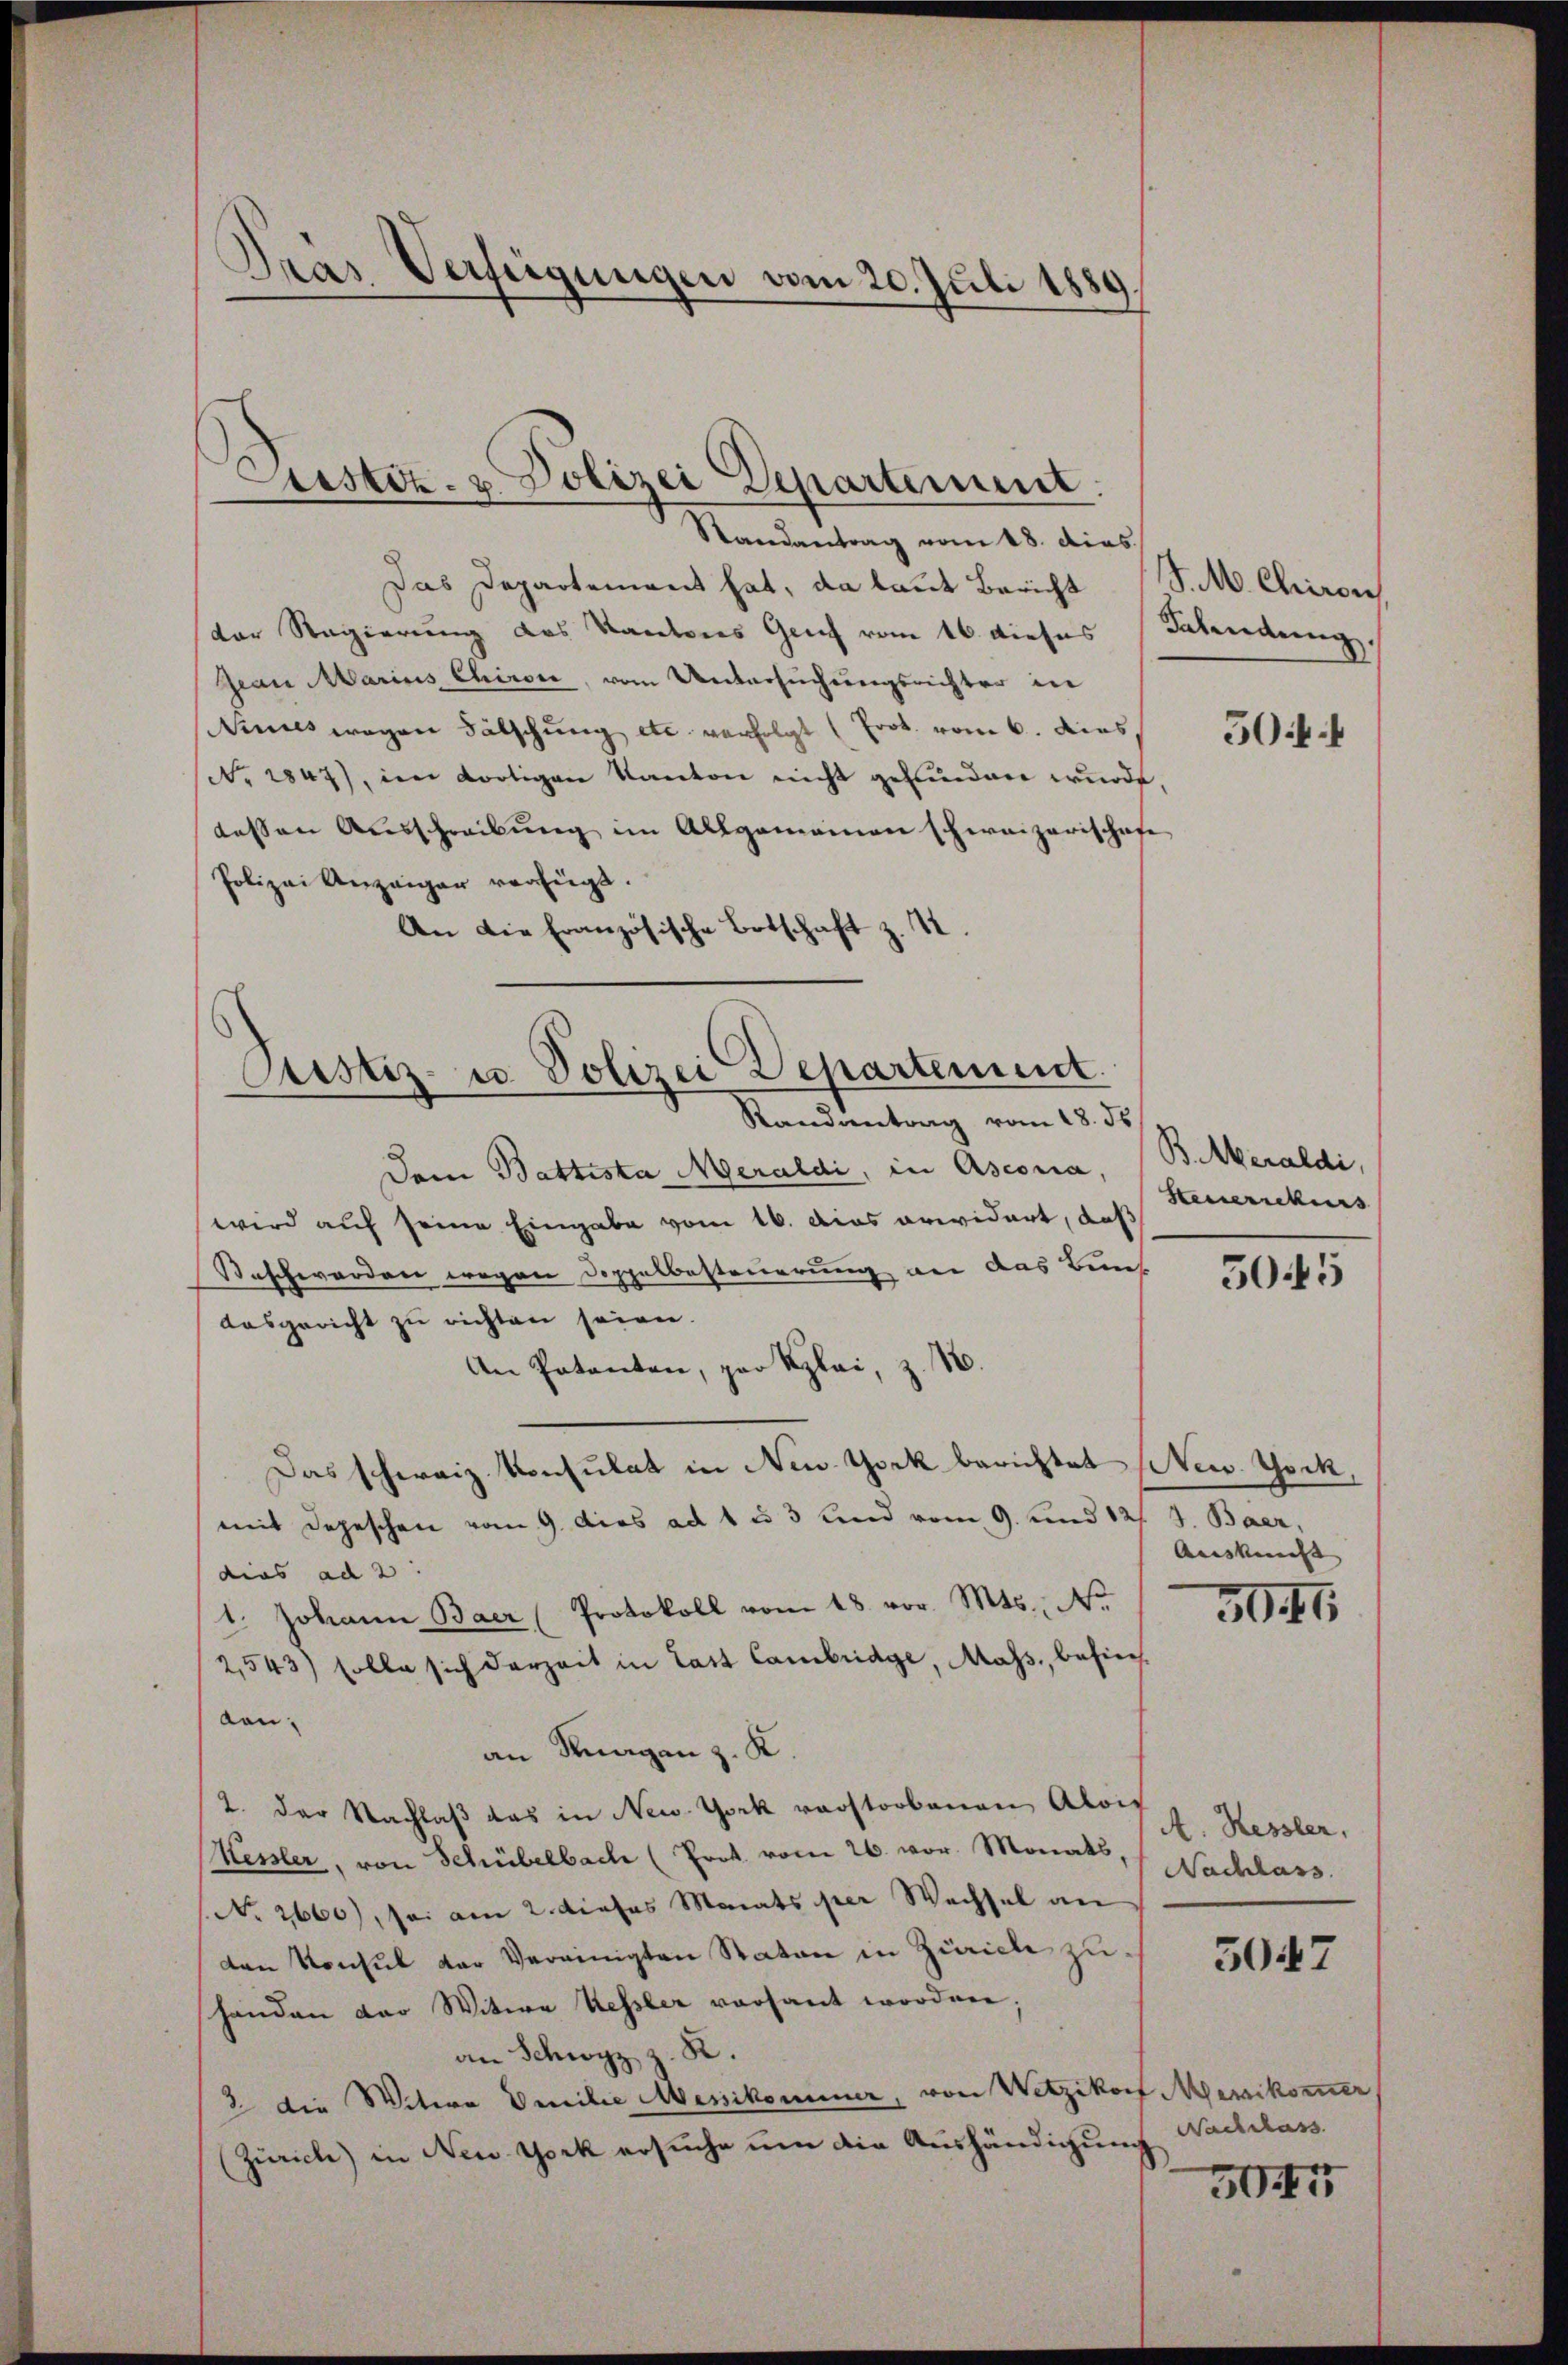
Drás Verfügungen vom 20. Juli 1850
.

Justiz- & Polizei Departement.
Randantrag vom 18. dies

Das Departement hat, da laut Bericht
der Regierung des Kantons Genf vom 16. dieses Bahndung
Jean Marius Chiron, vom Untersuchungsrichter in
ines wegen Fälschŭng etc. verfolgt (Frk. vom 6. dies 30
(No. 1847), im dortigen Kanton nicht gefunden wurde,
dessen Ausschreibung im Allgemeinen schweizerischafe
Polizei Anzeiger verfügt.
An die französische Botschaft z. 1

Ptistiz- u. Polizei Departement.
Randantrag vom 18. ds

S. M. Chieron

Dem Battista Neraldi, in Asconia, (B. Meraldi,
wird auf seine Eingabe vom 16. Das erwidert, daß
Beschwerden wegen Doppelbesteuerung an das Bunf
ausgericht zu richten seien.
An Patenten, par Klei, z. B.
Das schweiz. Konsulat in New York berichtet (Mew York
mit Depeschen vom 9. dies ad 1. u 3 und vom 9. und 12 J. Baer,
dies ad 2
1. Johann Baer (Protokoll vom 18. vor. Mts., Nr.
2,543) solle sich derzeit in Last Cambridge, Mass, besiech
von.
an Kragen z. K.
2. der Nachlaβ das in New-York verstorbenen Alois
Kessler, von Schübelbach (Prot. vom 26. vor. Monats, Sachlass
No 2660), so am 2. dieses Monats per Wechsel an
den Konsul der Vereinigten Staton in Zürich zuhänden der Witwe Kessler versant worden;
an Schwyz z. K.
2 die Witwe Emilie Messikommer, von Wetzikon Messikommer
(Zürich) in New York ersuche um die Aushändigung

Steuerrekurs

5045

Auskunft |

30

A. Hessler,

5047

Nachlass
3044